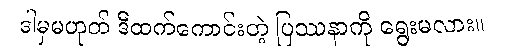
ဒါမှမဟုတ် ဒီထက်ကောင်းတဲ့ ပြဿနာကို ရွေးမလား။